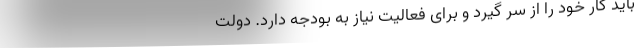
باید کار خود را از سر گیرد و برای فعالیت نیاز به بودجه دارد. دولت